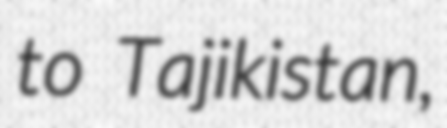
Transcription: to Tajikistan,